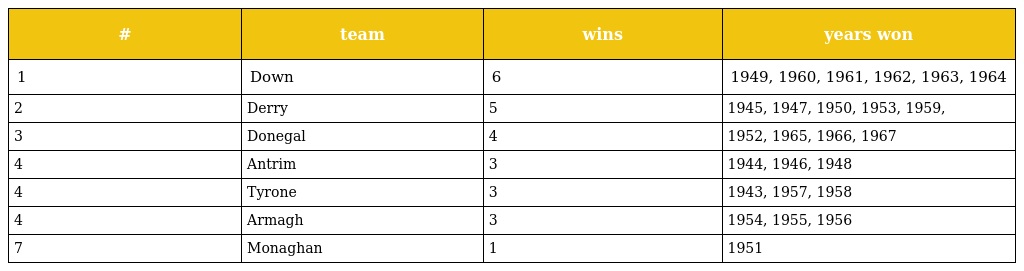
| # | team | wins | years won |
 | --- | --- | --- | --- |
 | 1 | Down | 6 | 1949, 1960, 1961, 1962, 1963, 1964 |
 | 2 | Derry | 5 | 1945, 1947, 1950, 1953, 1959, |
 | 3 | Donegal | 4 | 1952, 1965, 1966, 1967 |
 | 4 | Antrim | 3 | 1944, 1946, 1948 |
 | 4 | Tyrone | 3 | 1943, 1957, 1958 |
 | 4 | Armagh | 3 | 1954, 1955, 1956 |
 | 7 | Monaghan | 1 | 1951 |